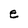
Character: e